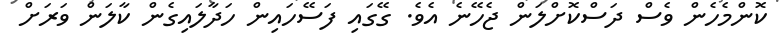
ކޮންމެހެން ވެސް ދަސްކޮށްލަން ޖެހޭނެ އެވެ. ގޭގައި ފަސޭހައިން ހަދާލައިގެން ކާލަން ވަރަށް